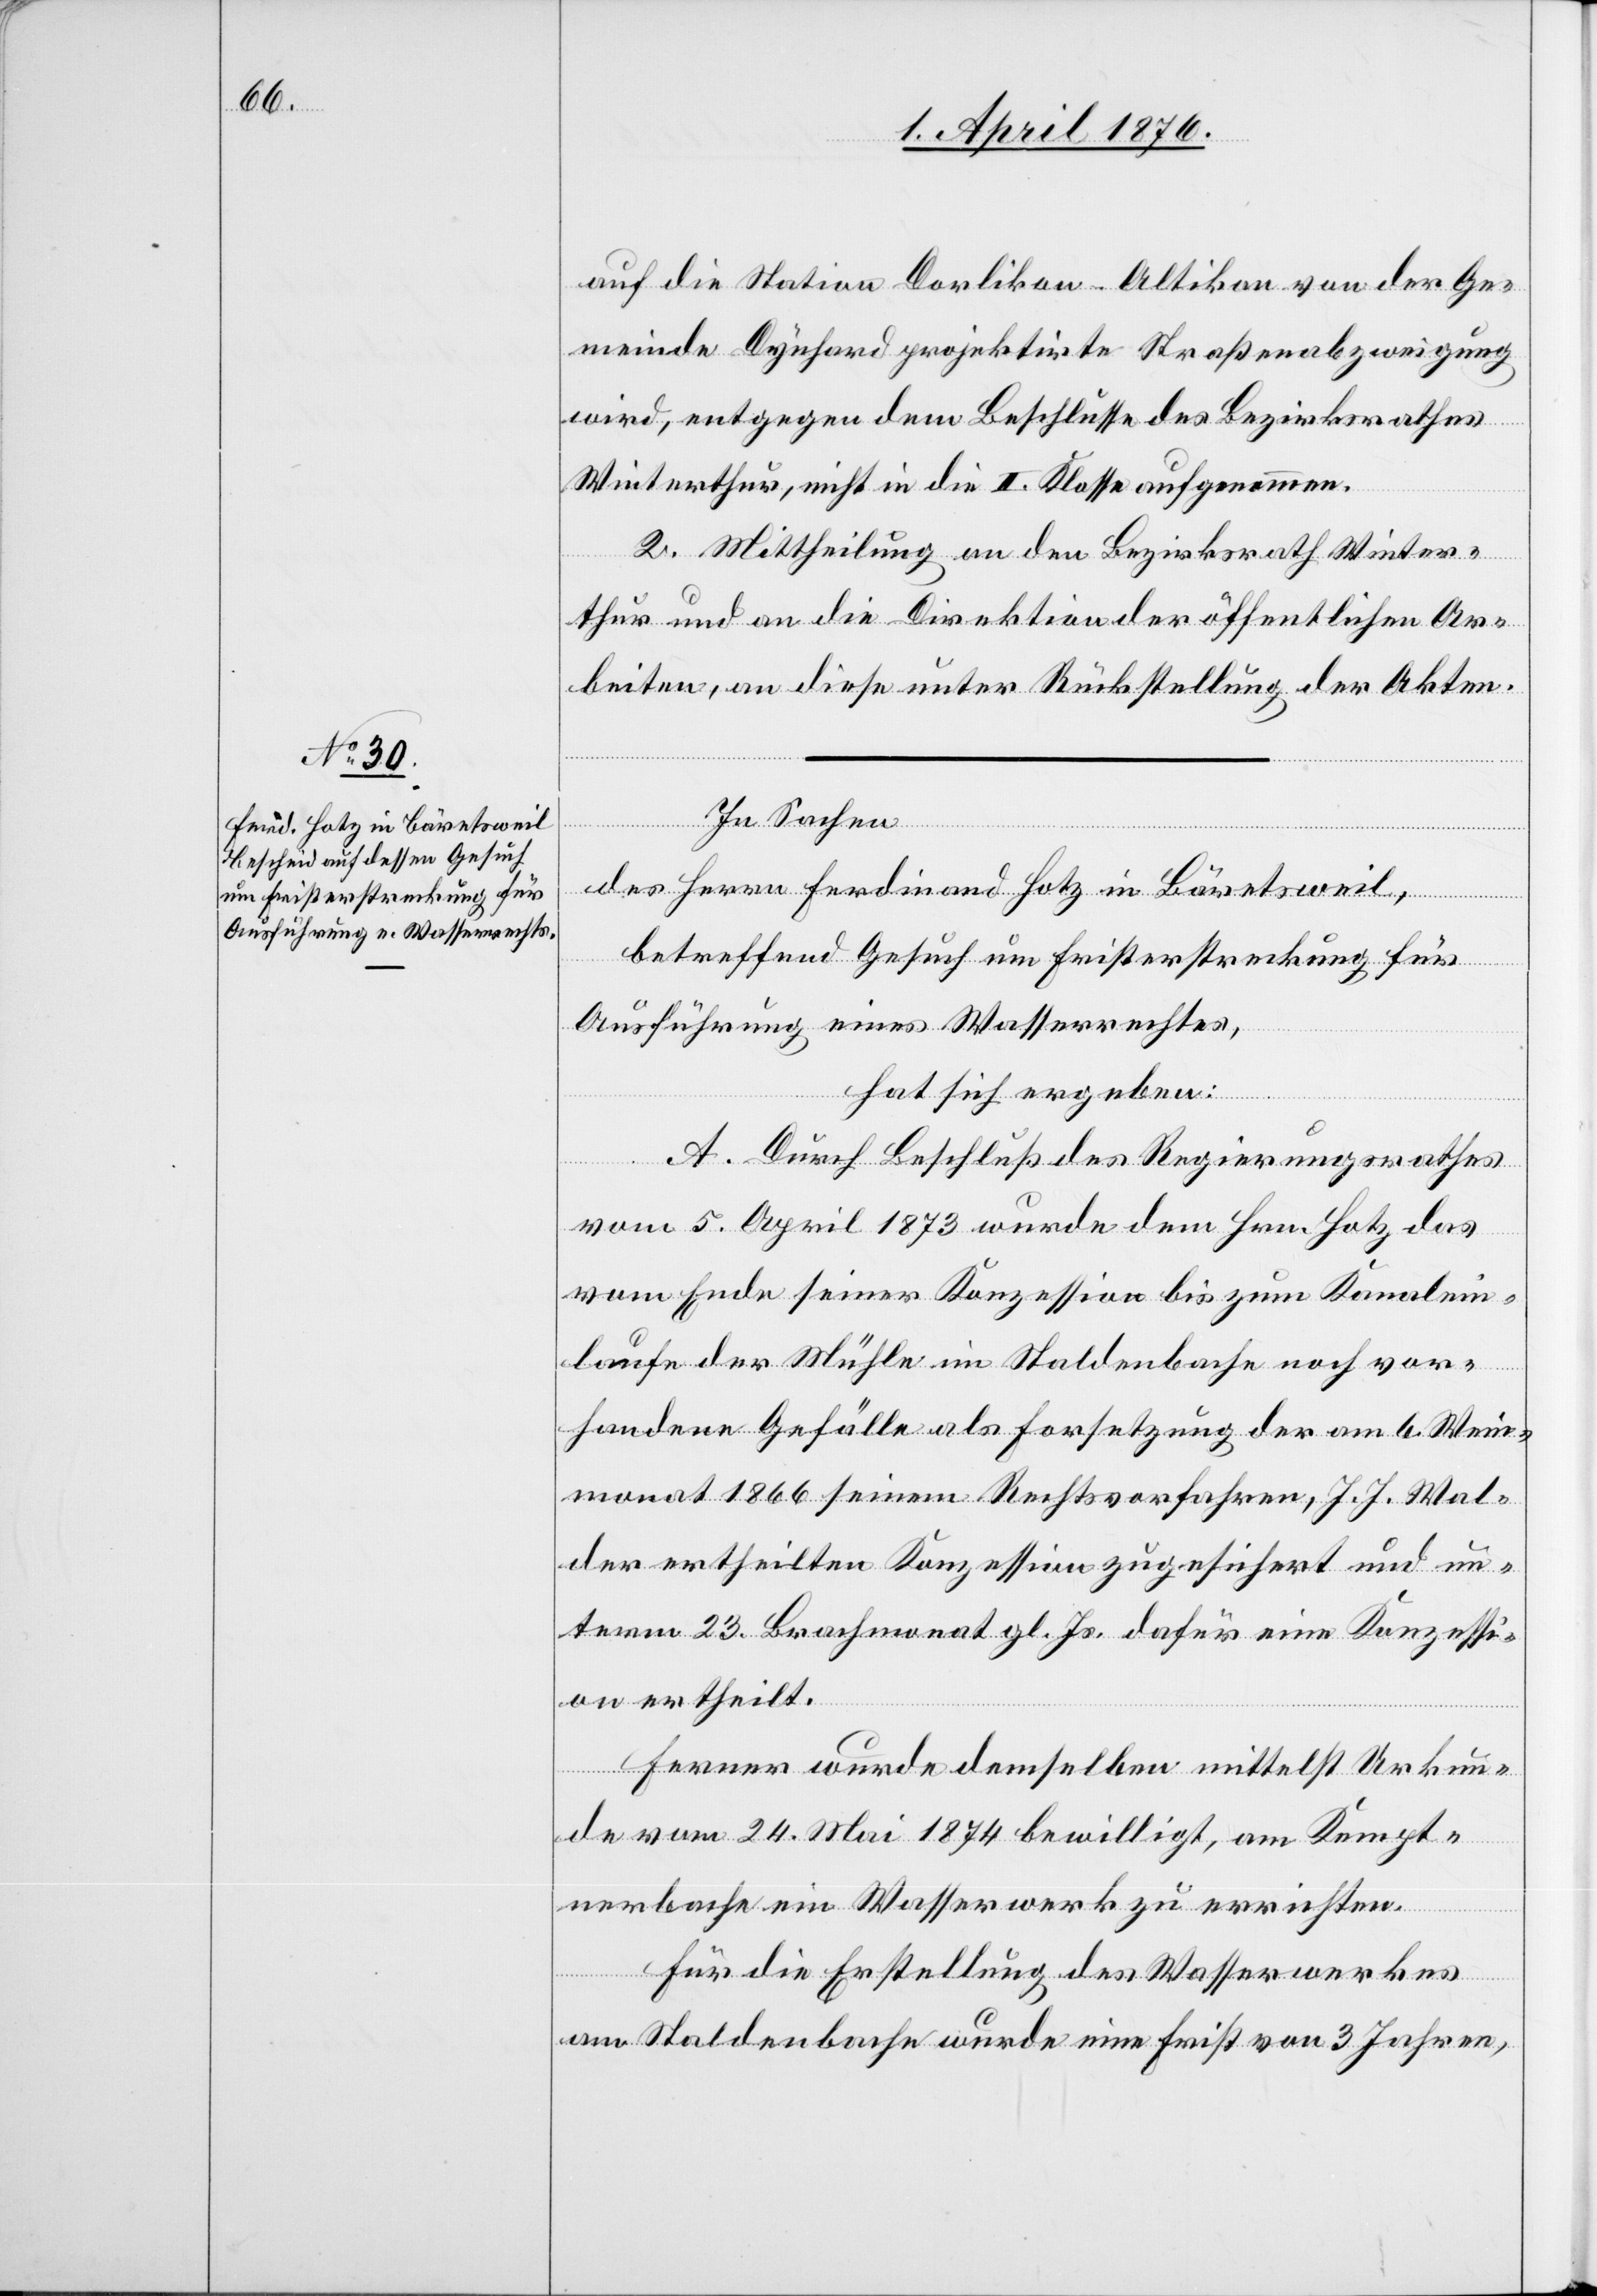
auf die Station Dorlikon-Altikon von der Ge¬
meinde Dynhard projektirte Straßenabzweigung
wird, entgegen dem Beschlusse des Bezirksrathes
Winterthur, nicht in die II. Klasse aufgenommen.
2. Mittheilung an den Bezirksrath Winter¬
thur und an die Direktion der öffentlichen Ar¬
beiten, an diese unter Rückstellung der Akten.
In Sachen
des Herrn Ferdinand Hotz in Bäretsweil,
betreffend Gesuch um Fristerstreckung für
Ausführung eines Wasserrechtes,
hat sich ergeben:
A. Durch Beschluß des Regierungsrathes
vom 5. April 1873 wurde dem Hrn. Hotz das
vom Ende seiner Konzession bis zum Kanalein¬
laufe der Mühle im Staldenbache noch vor¬
handene Gefälle als Fortsetzung der am 6. Wein¬
monat 1866 seinem Rechtsvorfahren, J. J. Wal¬
der ertheilten Konzession zugesichert und un¬
term 23. Brachmonat gl. Js. dafür eine Konzessi¬
on ertheilt.
Ferner wurde demselben mittelst Urkun¬
de vom 24. Mai 1874 bewilligt, am Kempt¬
nerbache ein Wasserwerk zu errichten.
Für die Erstellung des Wasserwerkes
am Staldenbache wurde eine Frist von 3 Jahren,